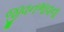
જીવનભાવના